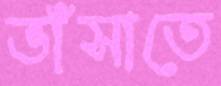
ভাঁসাতে